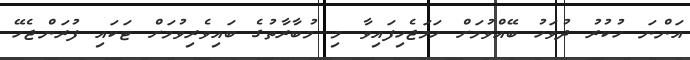
އަންނަ ހުކުރު ދުވަހު ބޭއްވުމަށް ހަމަޖެހިފައިވާ މި މުބާރާތުގެ ބައިވެރިވުމަށް ޓަކައި ފުރަންޖެހޭ